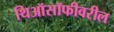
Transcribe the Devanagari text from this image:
थिऑसॉफीवरील